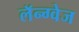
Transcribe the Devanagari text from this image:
लॅन्ग्वेज